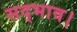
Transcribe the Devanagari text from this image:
सद्भाव।